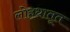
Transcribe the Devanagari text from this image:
लोहधातूत